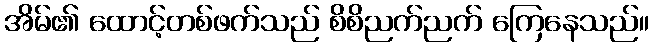
အိမ်၏ ထောင့်တစ်ဖက်သည် စိစိညက်ညက် ကြေနေသည်။